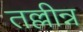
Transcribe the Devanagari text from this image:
तल्लीन्न